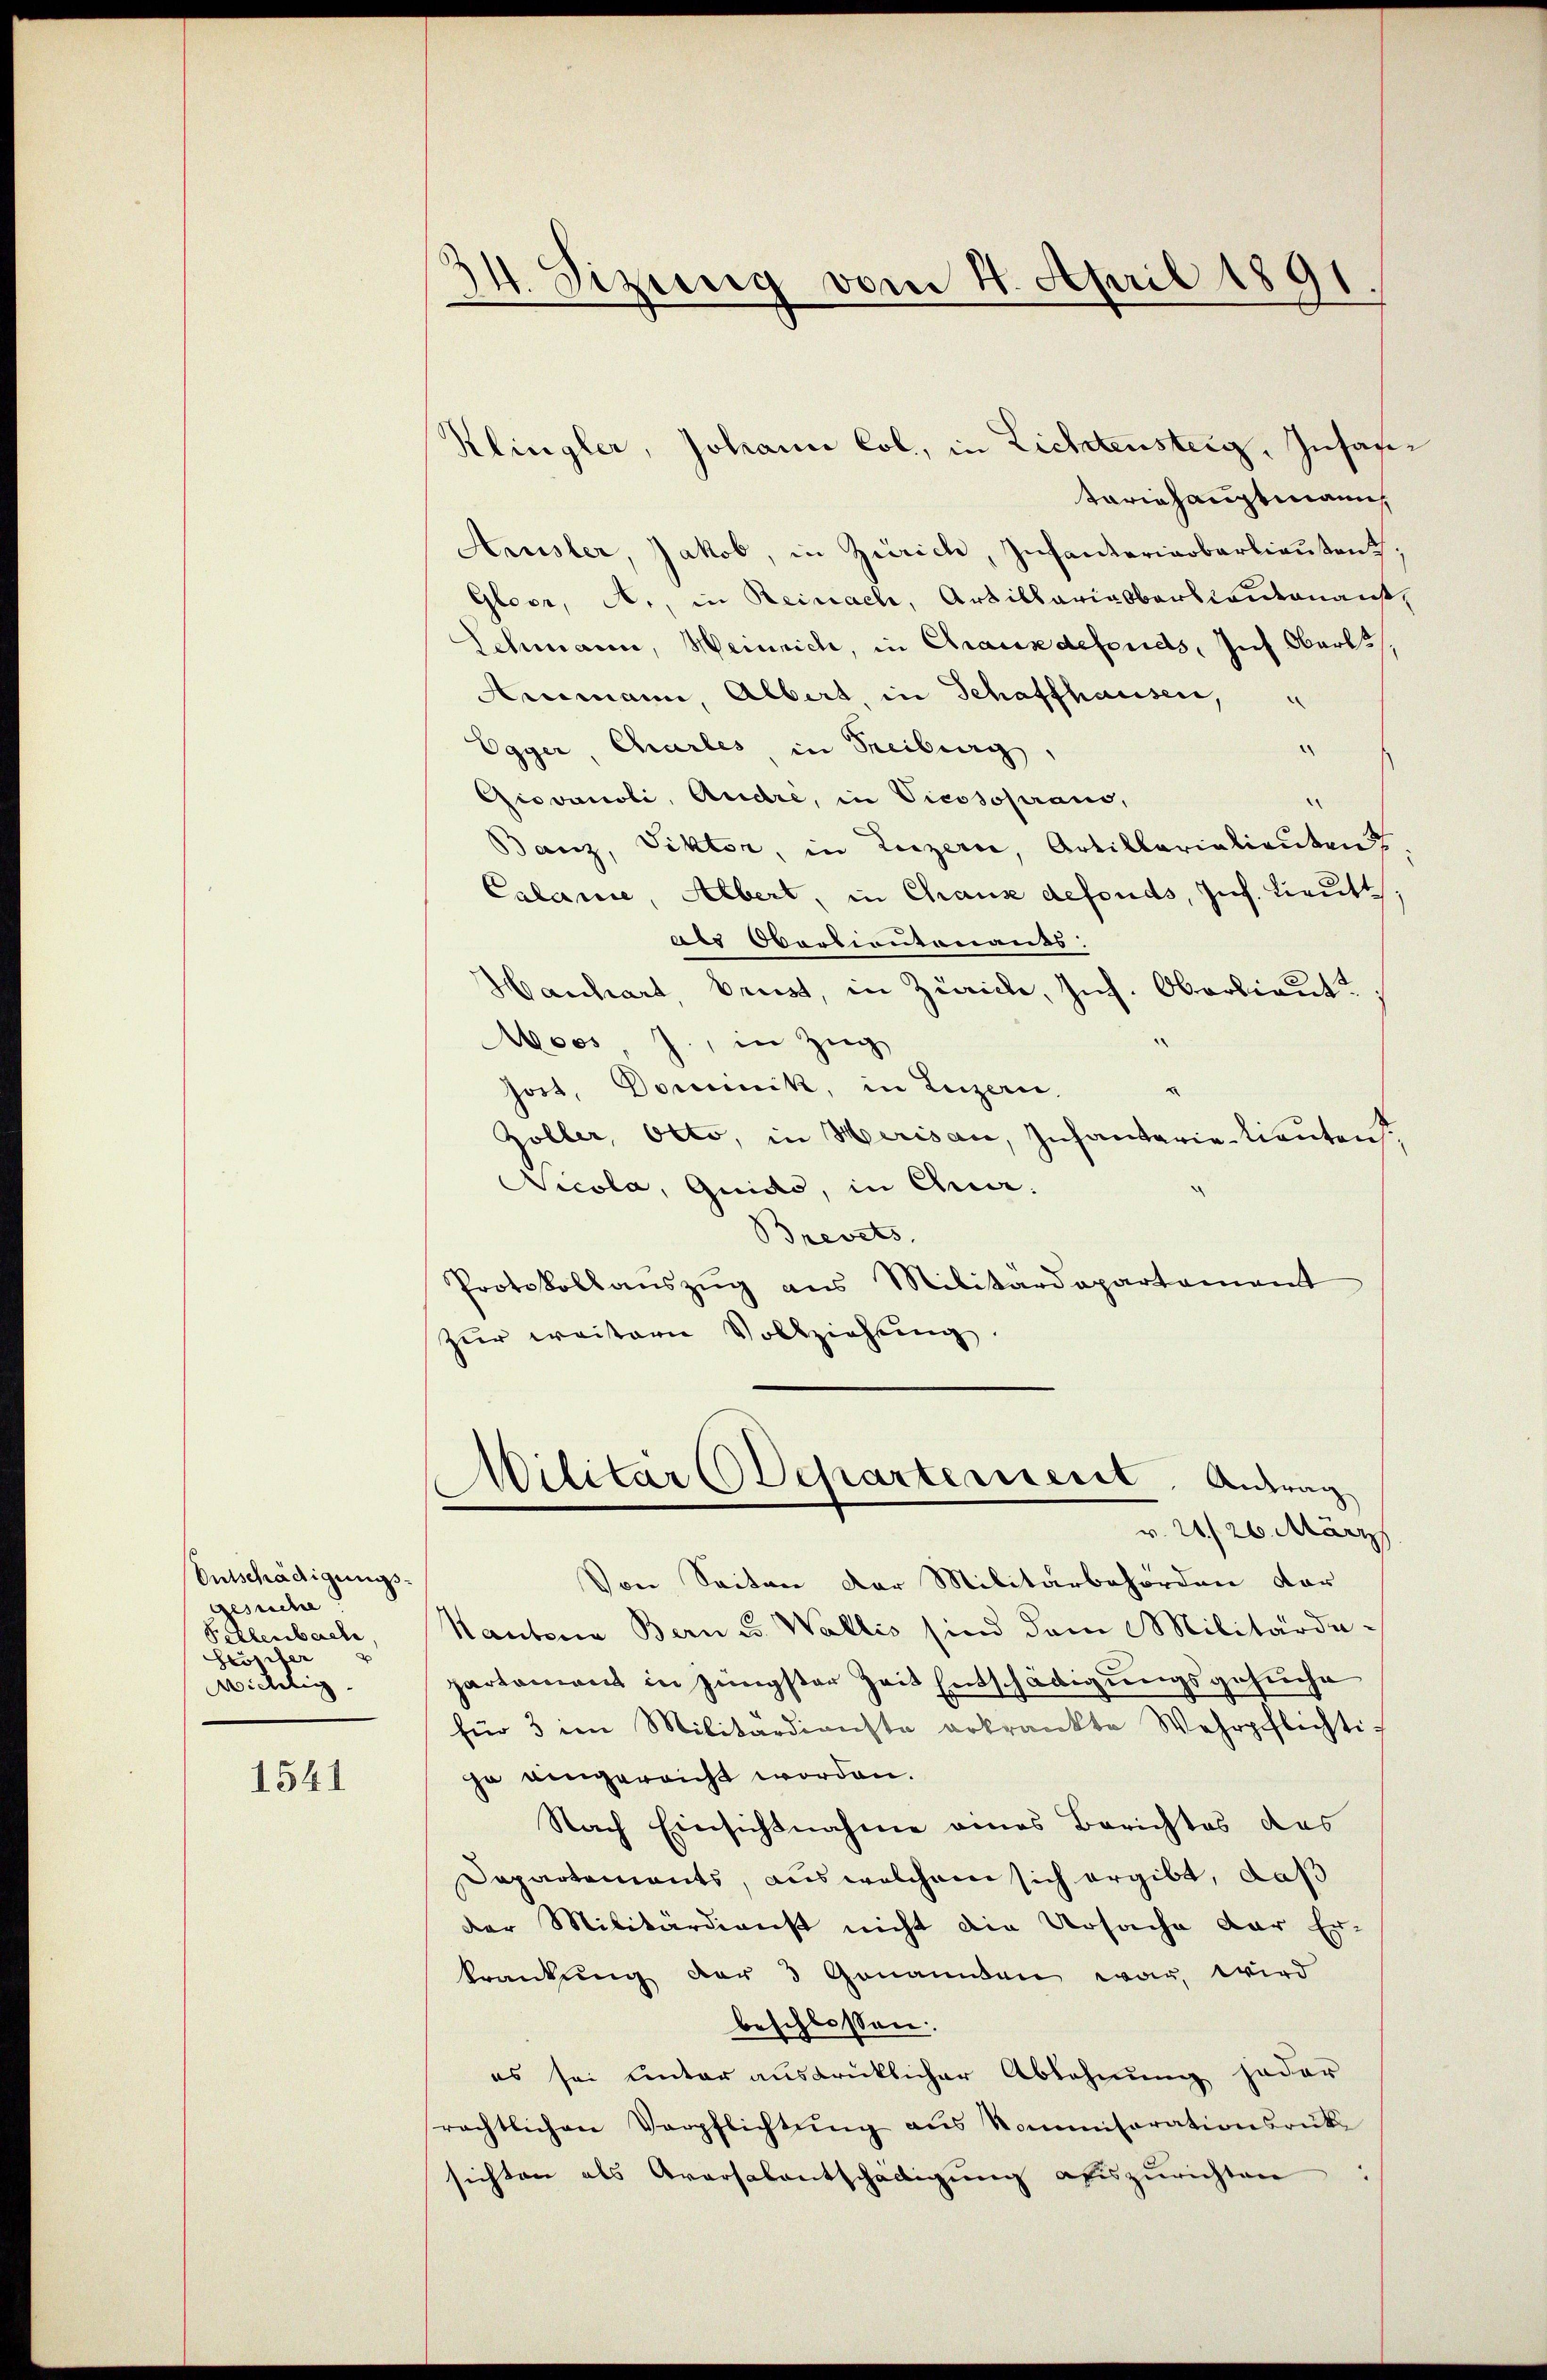
Entschädigungsgesuche
Pellenbach,
Stöpiter
Wichtig

1541

)
Sizung vom 4. April 1891

Klingler, Johann Col, in Lichtensteig, Insantariehauptmann,
Amsler, Jakob, in Zürich, Infanteriaobarlieŭtent
Gloor, A., in Reinach, Artillariasbartientananst,
Schmann, Heinrich, in Chauxdefonds, Int Oberles
Ausmann Albert, in Schaffhausen,
Egger, Charles, in Freiburg,
e
Giovanoli, Andre, in Vicosoprand,
Banz, Viktor, in Luzern Artillarialienten
Calanie, Albert, in Chause defonds, Ins. Lieutt
als Oberkiantonants:
Hanhart, Brust, in Zürich, Jns. Oberlieut.
Moos J., in Zug
Jost, Dominik, in Luzern,
Zöller, Otto, in Merisau, Infantarie-Lieuten
Nicola, Guido, in Quar¬
Brevets,
Protokollanszŭg ans Militärdepartament
zur weitern Vollziehung.

Militärdepartement. Antrag
v. 20./26. März

Von Seiten der Militärbehörden dar
Kantone Bern u. Wallis sind dem Militärde-
partament in jüngster Zeit Entschädigungsgesuche
für 3 im Militärdienste erkrankte Wehrpflichti-
ja eingereicht worden.
Nach Einsichtnahme eines Berichtes des
Dapartements, aus welchem sich ergibt, daß
der Militärdienst nicht die Ursache der Er-
krankŭng der 3 Genannten war, wird
beschlossen:
es sei unter ausdrücklicher Ablehnung jeder
rächtlichen Verpflichtung aus Kommisorationsrüke
sichten als Aversalentschädigung auszurichten